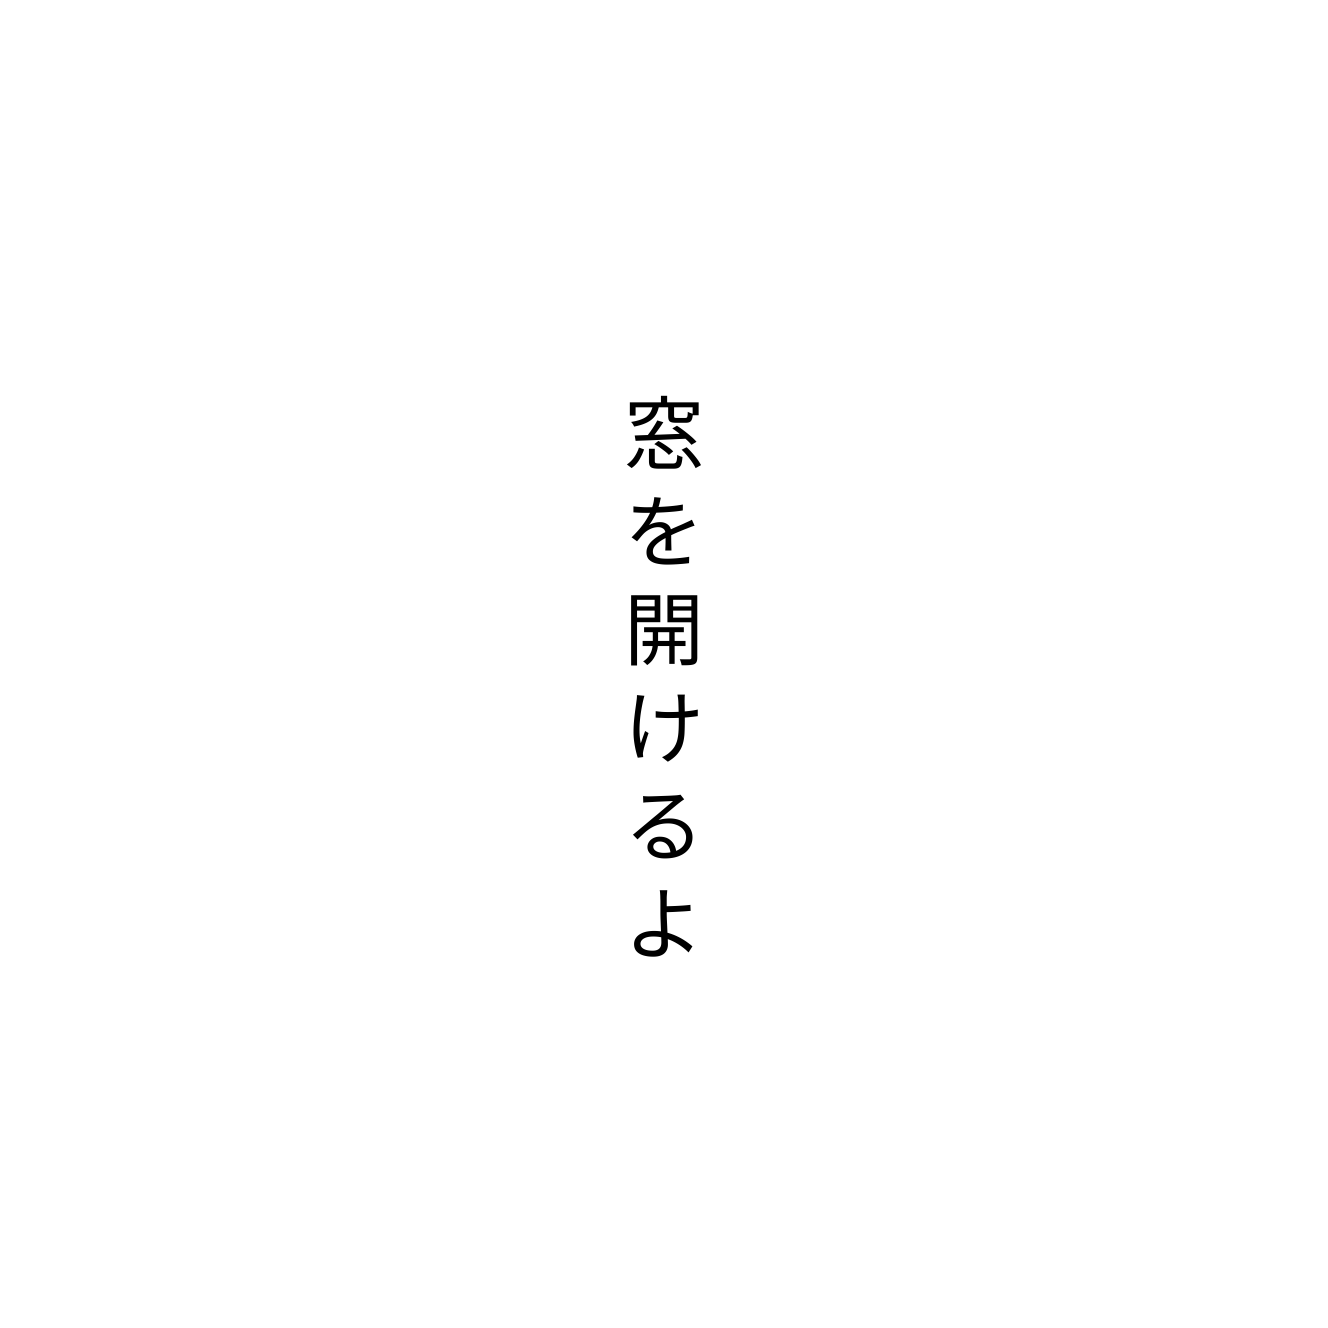
窓を開けるよ